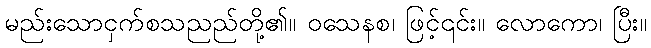
မည်းသောငှက်စသညည်တို့၏။ ဝသေနစ၊ ဖြင့်၎င်း။ လောကော၊ ပြီး။